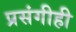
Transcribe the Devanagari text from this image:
प्रसंगीही